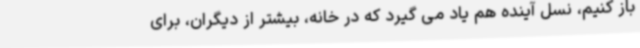
باز کنیم، نسل آینده هم یاد می گیرد که در خانه، بیشتر از دیگران، برای